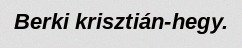
Berki krisztián-hegy.